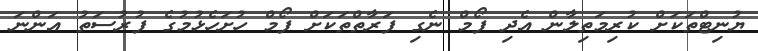
ޔުނިޓްތަކަށް ކުރިމަތިލާން އެދި ފޯމް ނެގި ފަރާތްތަކަށް ފޯމް ހުށަހެޅުމުގެ ފުރުސަތު އަންނަ